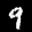
Label: 9